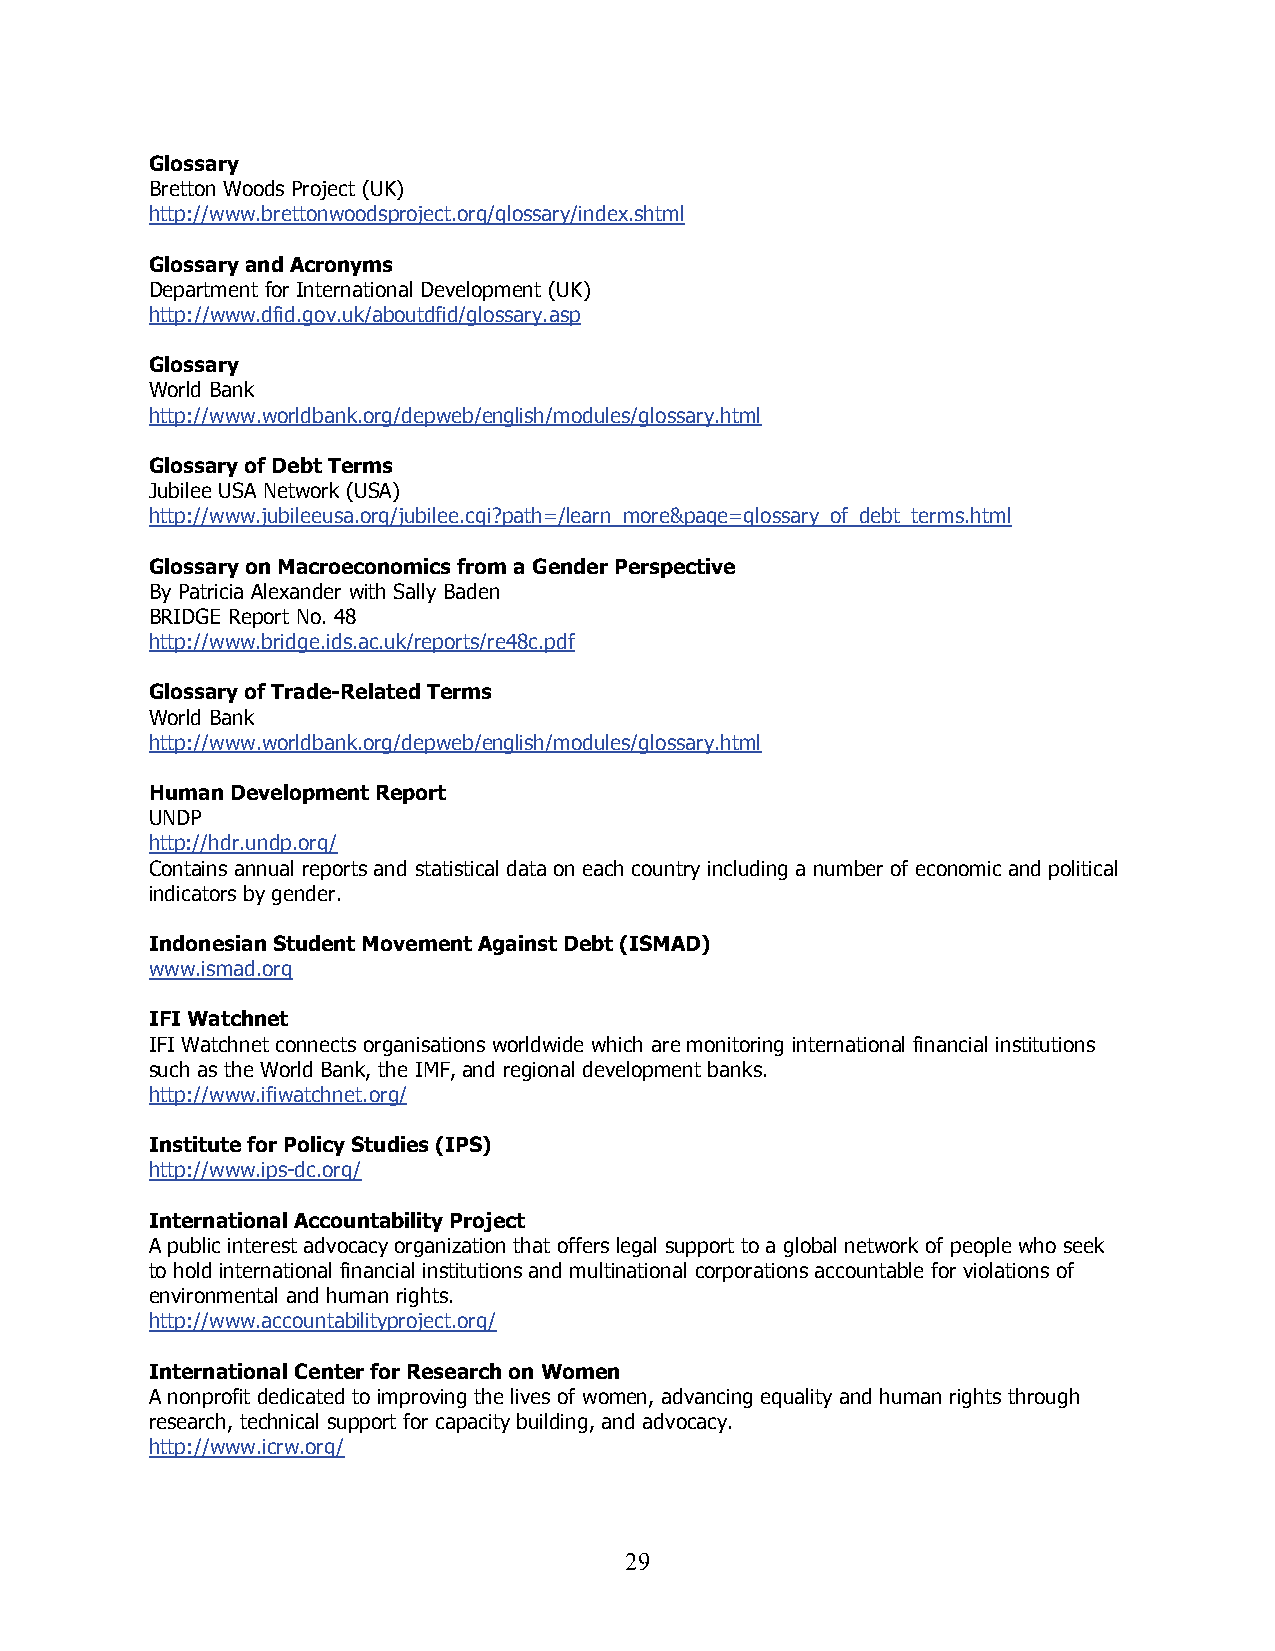
Glossary
 Bretton Woods Project (UK)
 http://www.brettonwoodsproject.org/glossary/index.shtml
 Glossary and Acronyms
 Department for International Development (UK)
 http://www.dfid.gov.uk/aboutdfid/glossary.asp
 Glossary
 World Bank
 http://www.worldbank.org/depweb/english/modules/glossary.html
 Glossary of Debt Terms
 Jubilee USA Network (USA)
 http://www.jubileeusa.org/jubilee.cgi?path=/learn_more&page=glossary_of_debt_terms.html
 Glossary on Macroeconomics from a Gender Perspective
 By Patricia Alexander with Sally Baden
 BRIDGE Report No. 48
 http://www.bridge.ids.ac.uk/reports/re48c.pdf
 Glossary of Trade-Related Terms
 World Bank
 http://www.worldbank.org/depweb/english/modules/glossary.html
 Human Development Report
 UNDP
 http://hdr.undp.org/
 Contains annual reports and statistical data on each country including a number of economic and political
 indicators by gender.
 Indonesian Student Movement Against Debt (ISMAD)
 www.ismad.org
 IFI Watchnet
 IFI Watchnet connects organisations worldwide which are monitoring international financial institutions
 such as the World Bank, the IMF, and regional development banks.
 http://www.ifiwatchnet.org/
 Institute for Policy Studies (IPS)
 http://www.ips-dc.org/
 International Accountability Project
 A public interest advocacy organization that offers legal support to a global network of people who seek
 to hold international financial institutions and multinational corporations accountable for violations of
 environmental and human rights.
 http://www.accountabilityproject.org/
 International Center for Research on Women
 A nonprofit dedicated to improving the lives of women, advancing equality and human rights through
 research, technical support for capacity building, and advocacy.
 http://www.icrw.org/
 2 9